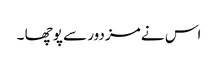
اس نے مزدور سے پوچھا ۔